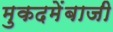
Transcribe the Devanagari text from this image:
मुकदमेंबाजी